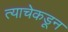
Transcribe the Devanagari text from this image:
त्याचेकडून